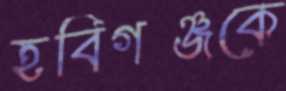
হবিগঞ্জকে